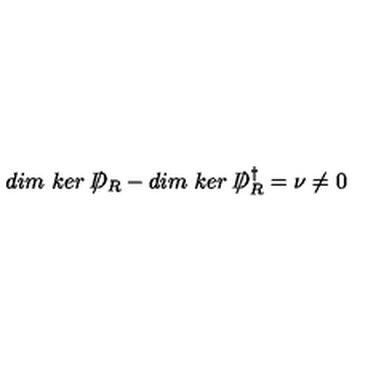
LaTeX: d i m \ k e r \ / \! \! \! \! D _ { R } - d i m \ k e r \ / \! \! \! \! D _ { R } ^ { \dagger } = \nu \neq 0